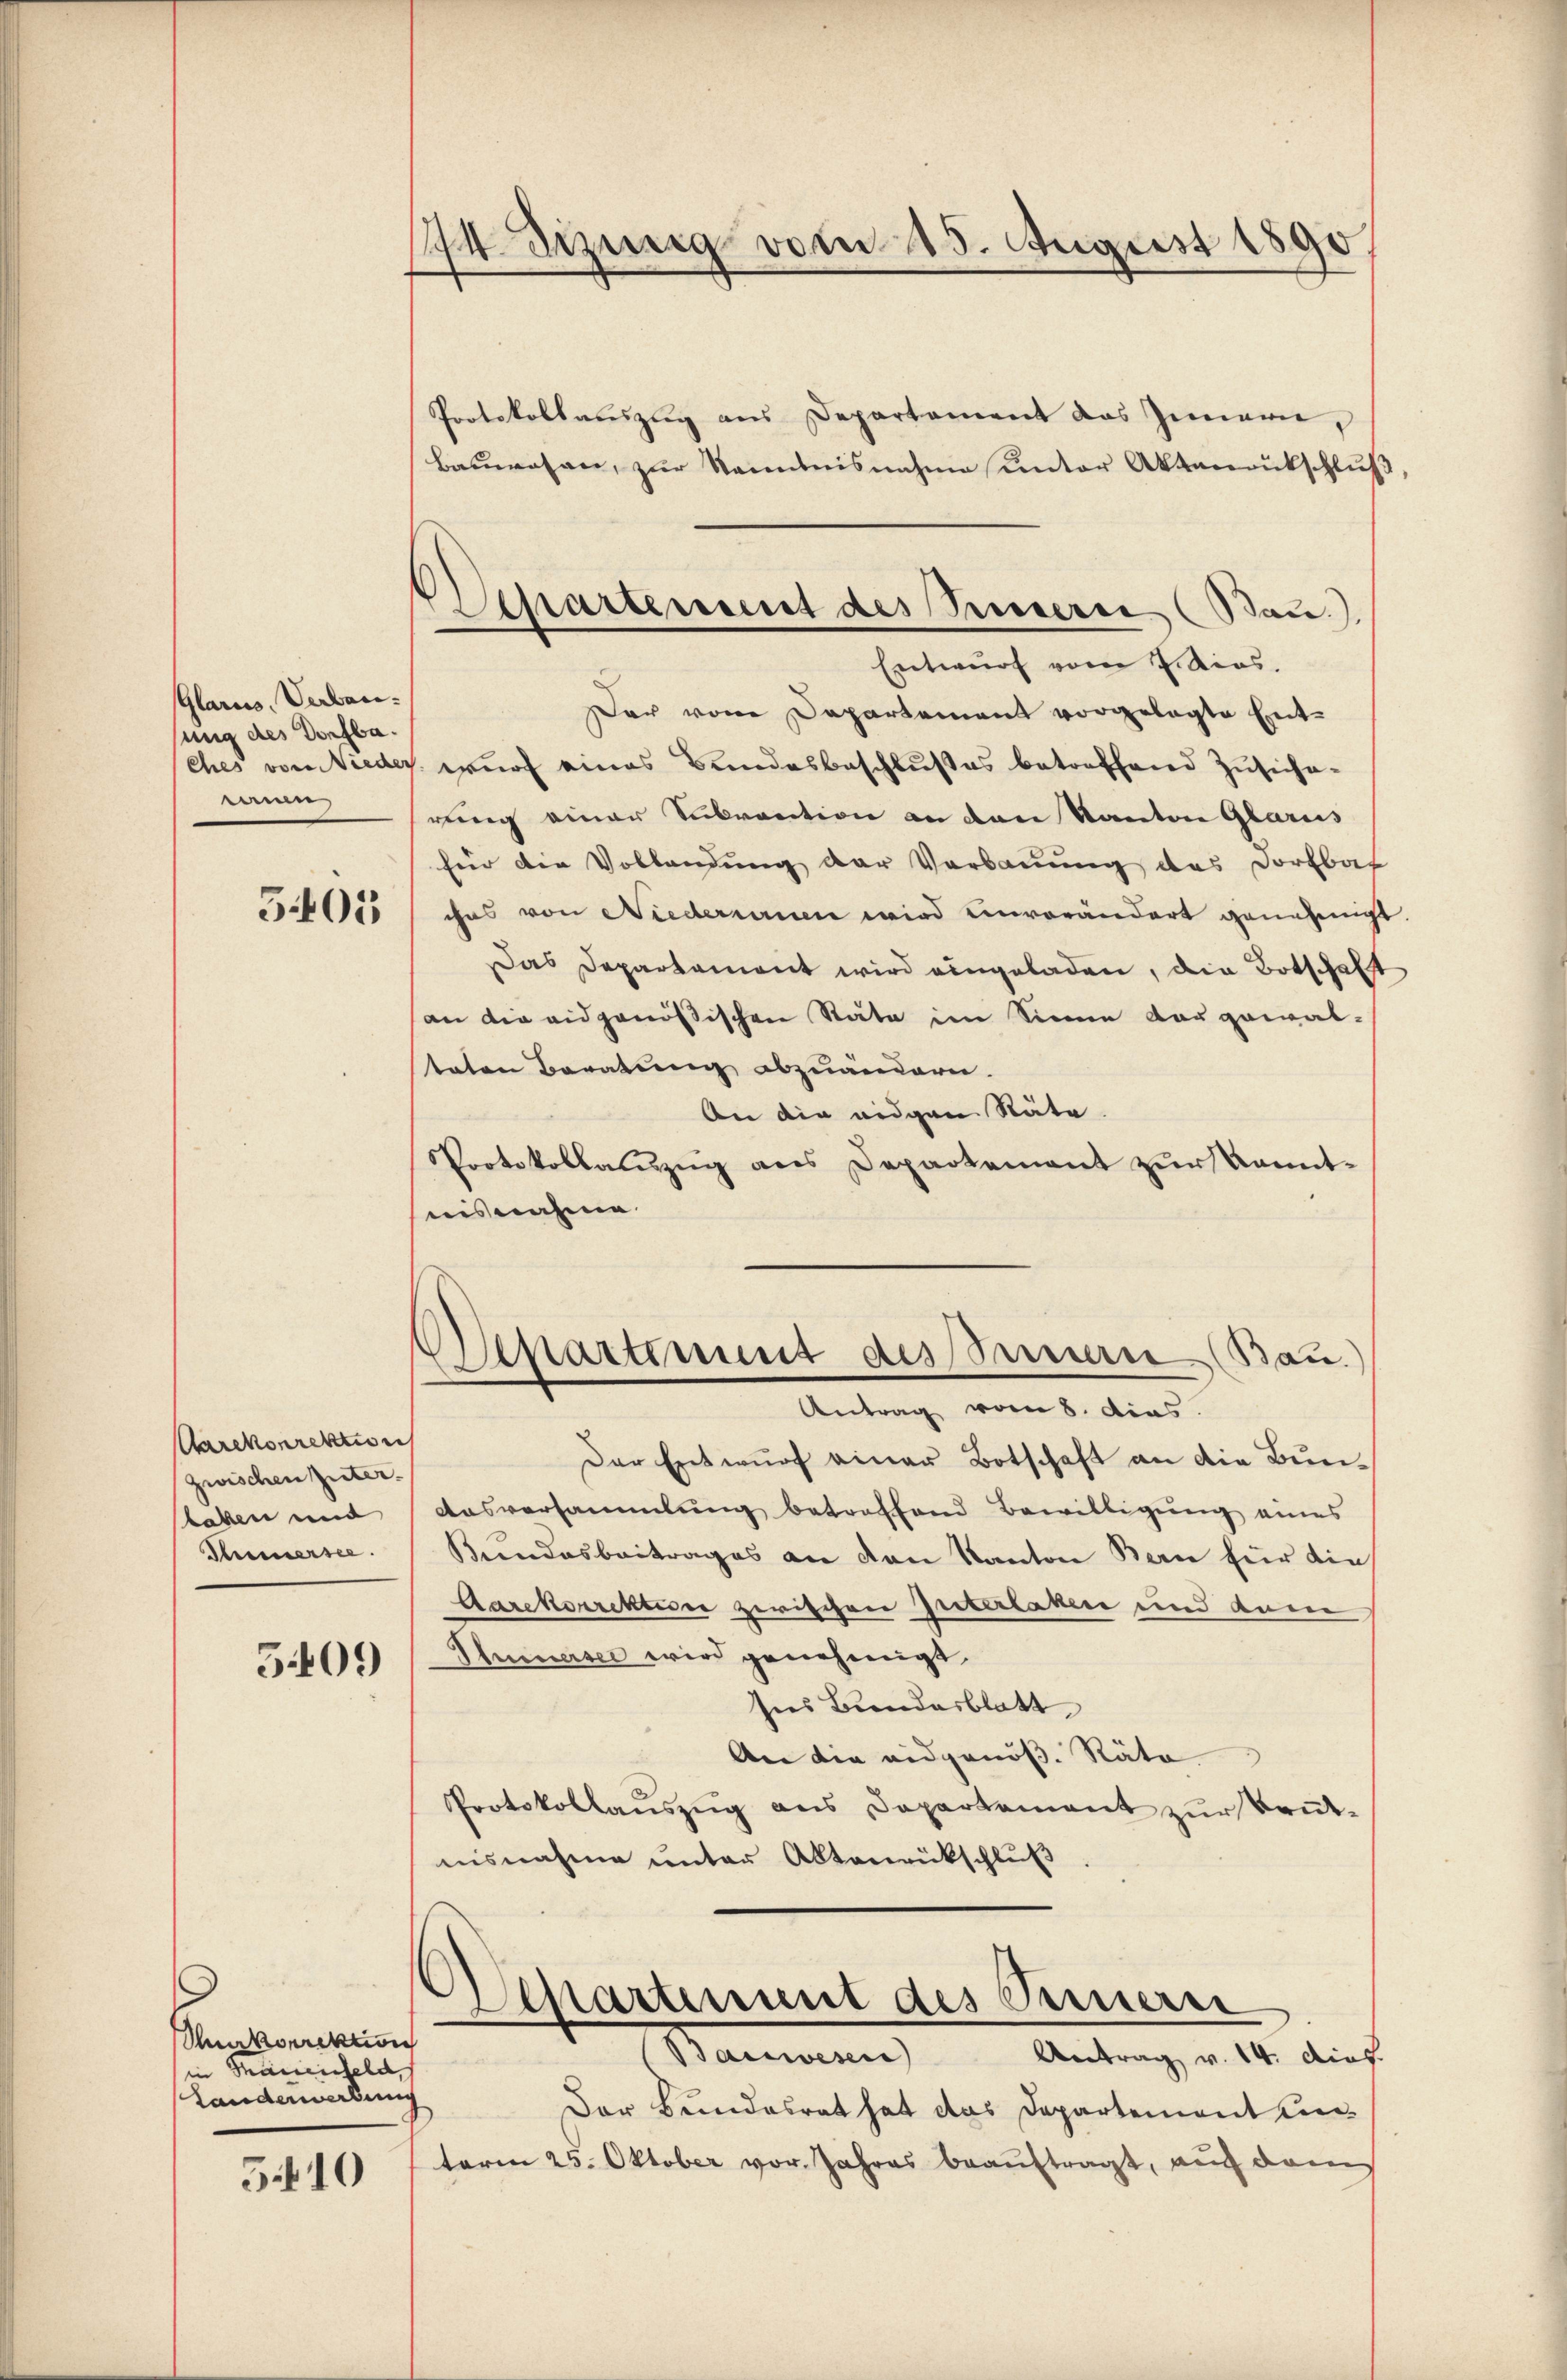
Glarus, Verbausung des Dorfba
eien,

505

Aarekorrektion
zwischen Güter.
laben und
Thunersee.

5409

Aakorrektion
in Thauenfeld,
Landerwerbung

5.410

174. Sizinig vom 15. August 1890

Separtement des Peterii (Bau.

Protokollauszug aus Departement das Innern,
Bauwesen, zur Nominisnahme unter Aktenrückschluß
Entwurf vom 7. Rios.
Der von Departement vorgelegte Entches von Nieder wurf eines Bundesbeschlußes betreffend Zusicherung einer Subvention an den Kanton Glarus
für die Vollendung der Verbauung das Dorfbar
chas von Niederneuen wird einverändert genehmig
Das Departament wird eingeladen, die Botschaft
an die eidgenössischen Stäte im Sinne der gewal-
taten Beratung abzuändern.
An die eidgen Stäte
Protokollauszug aus Departement zŭr kannt-
isnahme
Departement des Bauern (Bau.)
Antrag vom 8. dies
Der Entwurf einer Botschaft an die Bun¬
Ausversammlung betroffend Bewilligung eines
Bundesbeitrages an den Kanton Bern für die
Aarekorrektione zerischen Interlaken und dane
Sminersee wird genehmigt.
sies Bundesblatt
An die eidgenös. Räte
Protokollaŭszŭg ans Departement zŭr Keṅt-
nisnahme unter Abtanrückschluß
Departement des Fernern
Hammen
Antrag v. 14. dies
Der Bundesrat hat das Departement Conterm 25. Oktober vor. Jahres beauftragt, auch dam